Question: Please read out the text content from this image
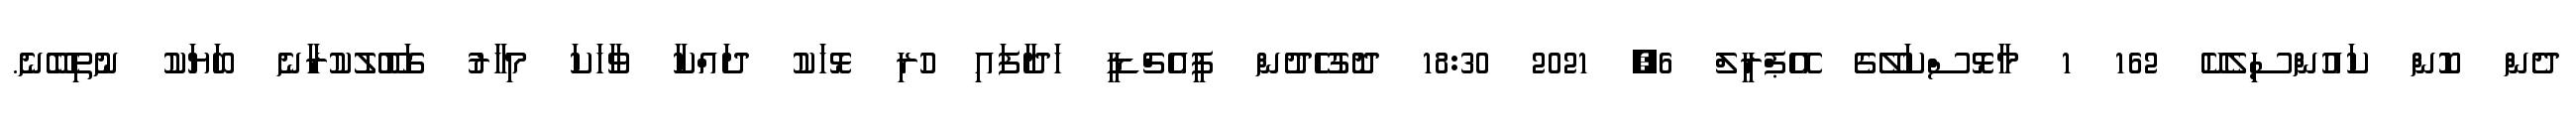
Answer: ދެން ކޮން ކައުންސިލެކޭ 162 1 މާޅޮސްކަލޭގެ އޭޕްރީލް 6, 2021 18:30 ދޮގުހެދުން ޕީއެޗްޑީ ހަދާފައި ހުރި ޅޮހަކު ދައްކާ ވާހަކަ މިހާރު ގަބޫލުކުރާނެ ބަޔަކު ނުތިބޭނެ.